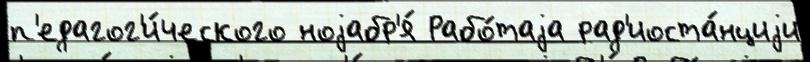
п'едагог'и́ческого ноjабр'я́ Рабо́таjа рад'иоста́нциjи